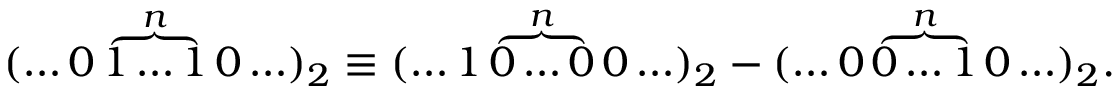
( \ldots 0 \overbrace { 1 \ldots 1 } ^ { n } 0 \ldots ) _ { 2 } \equiv ( \ldots 1 \overbrace { 0 \ldots 0 } ^ { n } 0 \ldots ) _ { 2 } - ( \ldots 0 \overbrace { 0 \ldots 1 } ^ { n } 0 \ldots ) _ { 2 } .